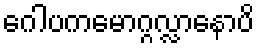
ဂေါပကမောဂ္ဂလ္လာနောပိ